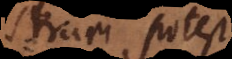
strari potest